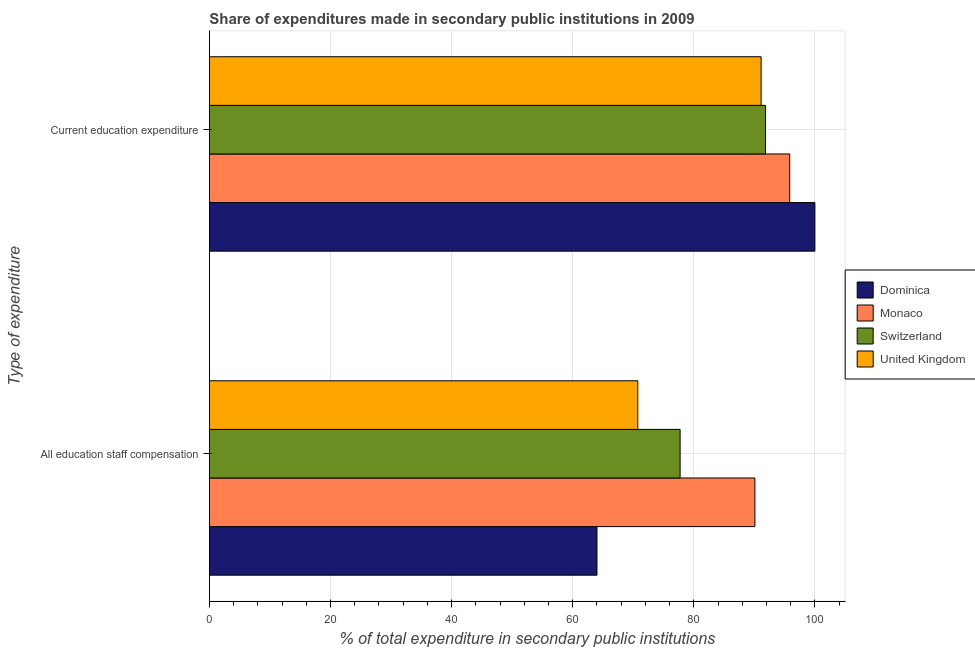
| Type of expenditure | Dominica | Monaco | Switzerland | United Kingdom |
 | --- | --- | --- | --- | --- |
 | All education staff compensation | 64 | 90.1 | 77.7 | 70.7 |
 | Current education expenditure | 100 | 95.8 | 91.8 | 91.1 |